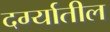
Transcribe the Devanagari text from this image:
दर्ग्यातील